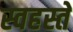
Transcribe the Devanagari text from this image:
स्वहस्तें